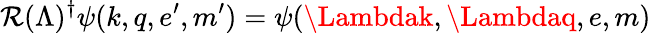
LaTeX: \mathcal{R}(\Lambda)^{\dagger}\psi(k,q,e^{\prime},m^{\prime})=\psi(\Lambdak,\Lambdaq,e,m)